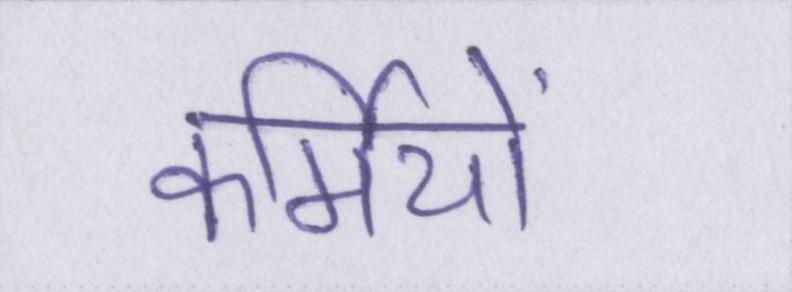
कर्मियों